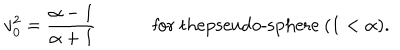
v _ { 0 } ^ { 2 } = { \frac { \alpha - 1 } { \alpha + 1 } } \qquad \quad \mathrm { f o r ~ t h e p s e u d o - s p h e r e ~ } ( 1 < \alpha ) .